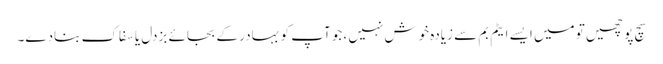
سچ پوچھیں تو میں ایسے ایٹم بم سے زیادہ خوش نہیں ،جو آپ کو بہادر کے بجائے بزدل یا سفاک بنادے۔